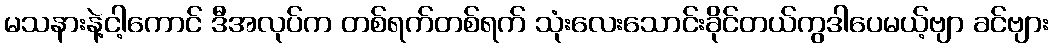
မသနားနဲ့ငါ့ကောင် ဒီအလုပ်က တစ်ရက်တစ်ရက် သုံးလေးသောင်းခိုင်တယ်ကွဒါပေမယ့်ဗျာ ခင်ဗျား